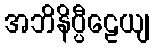
အဘိနိပ္ပီဠေယျ